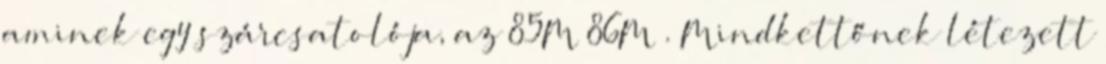
aminek egy szárcsatolója, az 85M 86M . Mindkettőnek létezett